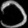
Digit: ၁